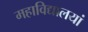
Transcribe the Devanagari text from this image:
महाविद्यालयां